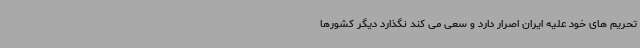
تحریم های خود علیه ایران اصرار دارد و سعی می کند نگذارد دیگر کشورها